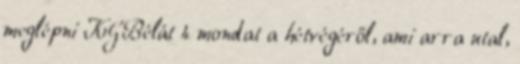
meglépni KGBélát 4 mondat a hétvégéről, ami arra utal,